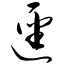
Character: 迳